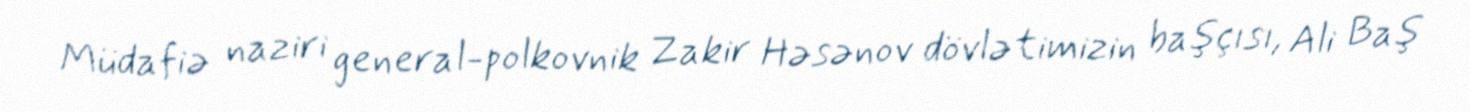
Müdafiə naziri general-polkovnik Zakir Həsənov dövlətimizin başçısı, Ali Baş